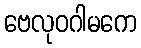
ဗေလုဝဂါမကေ